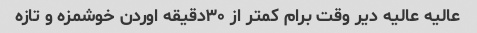
عالیه عالیه دیر وقت برام کمتر از ۳۰دقیقه اوردن خوشمزه و تازه